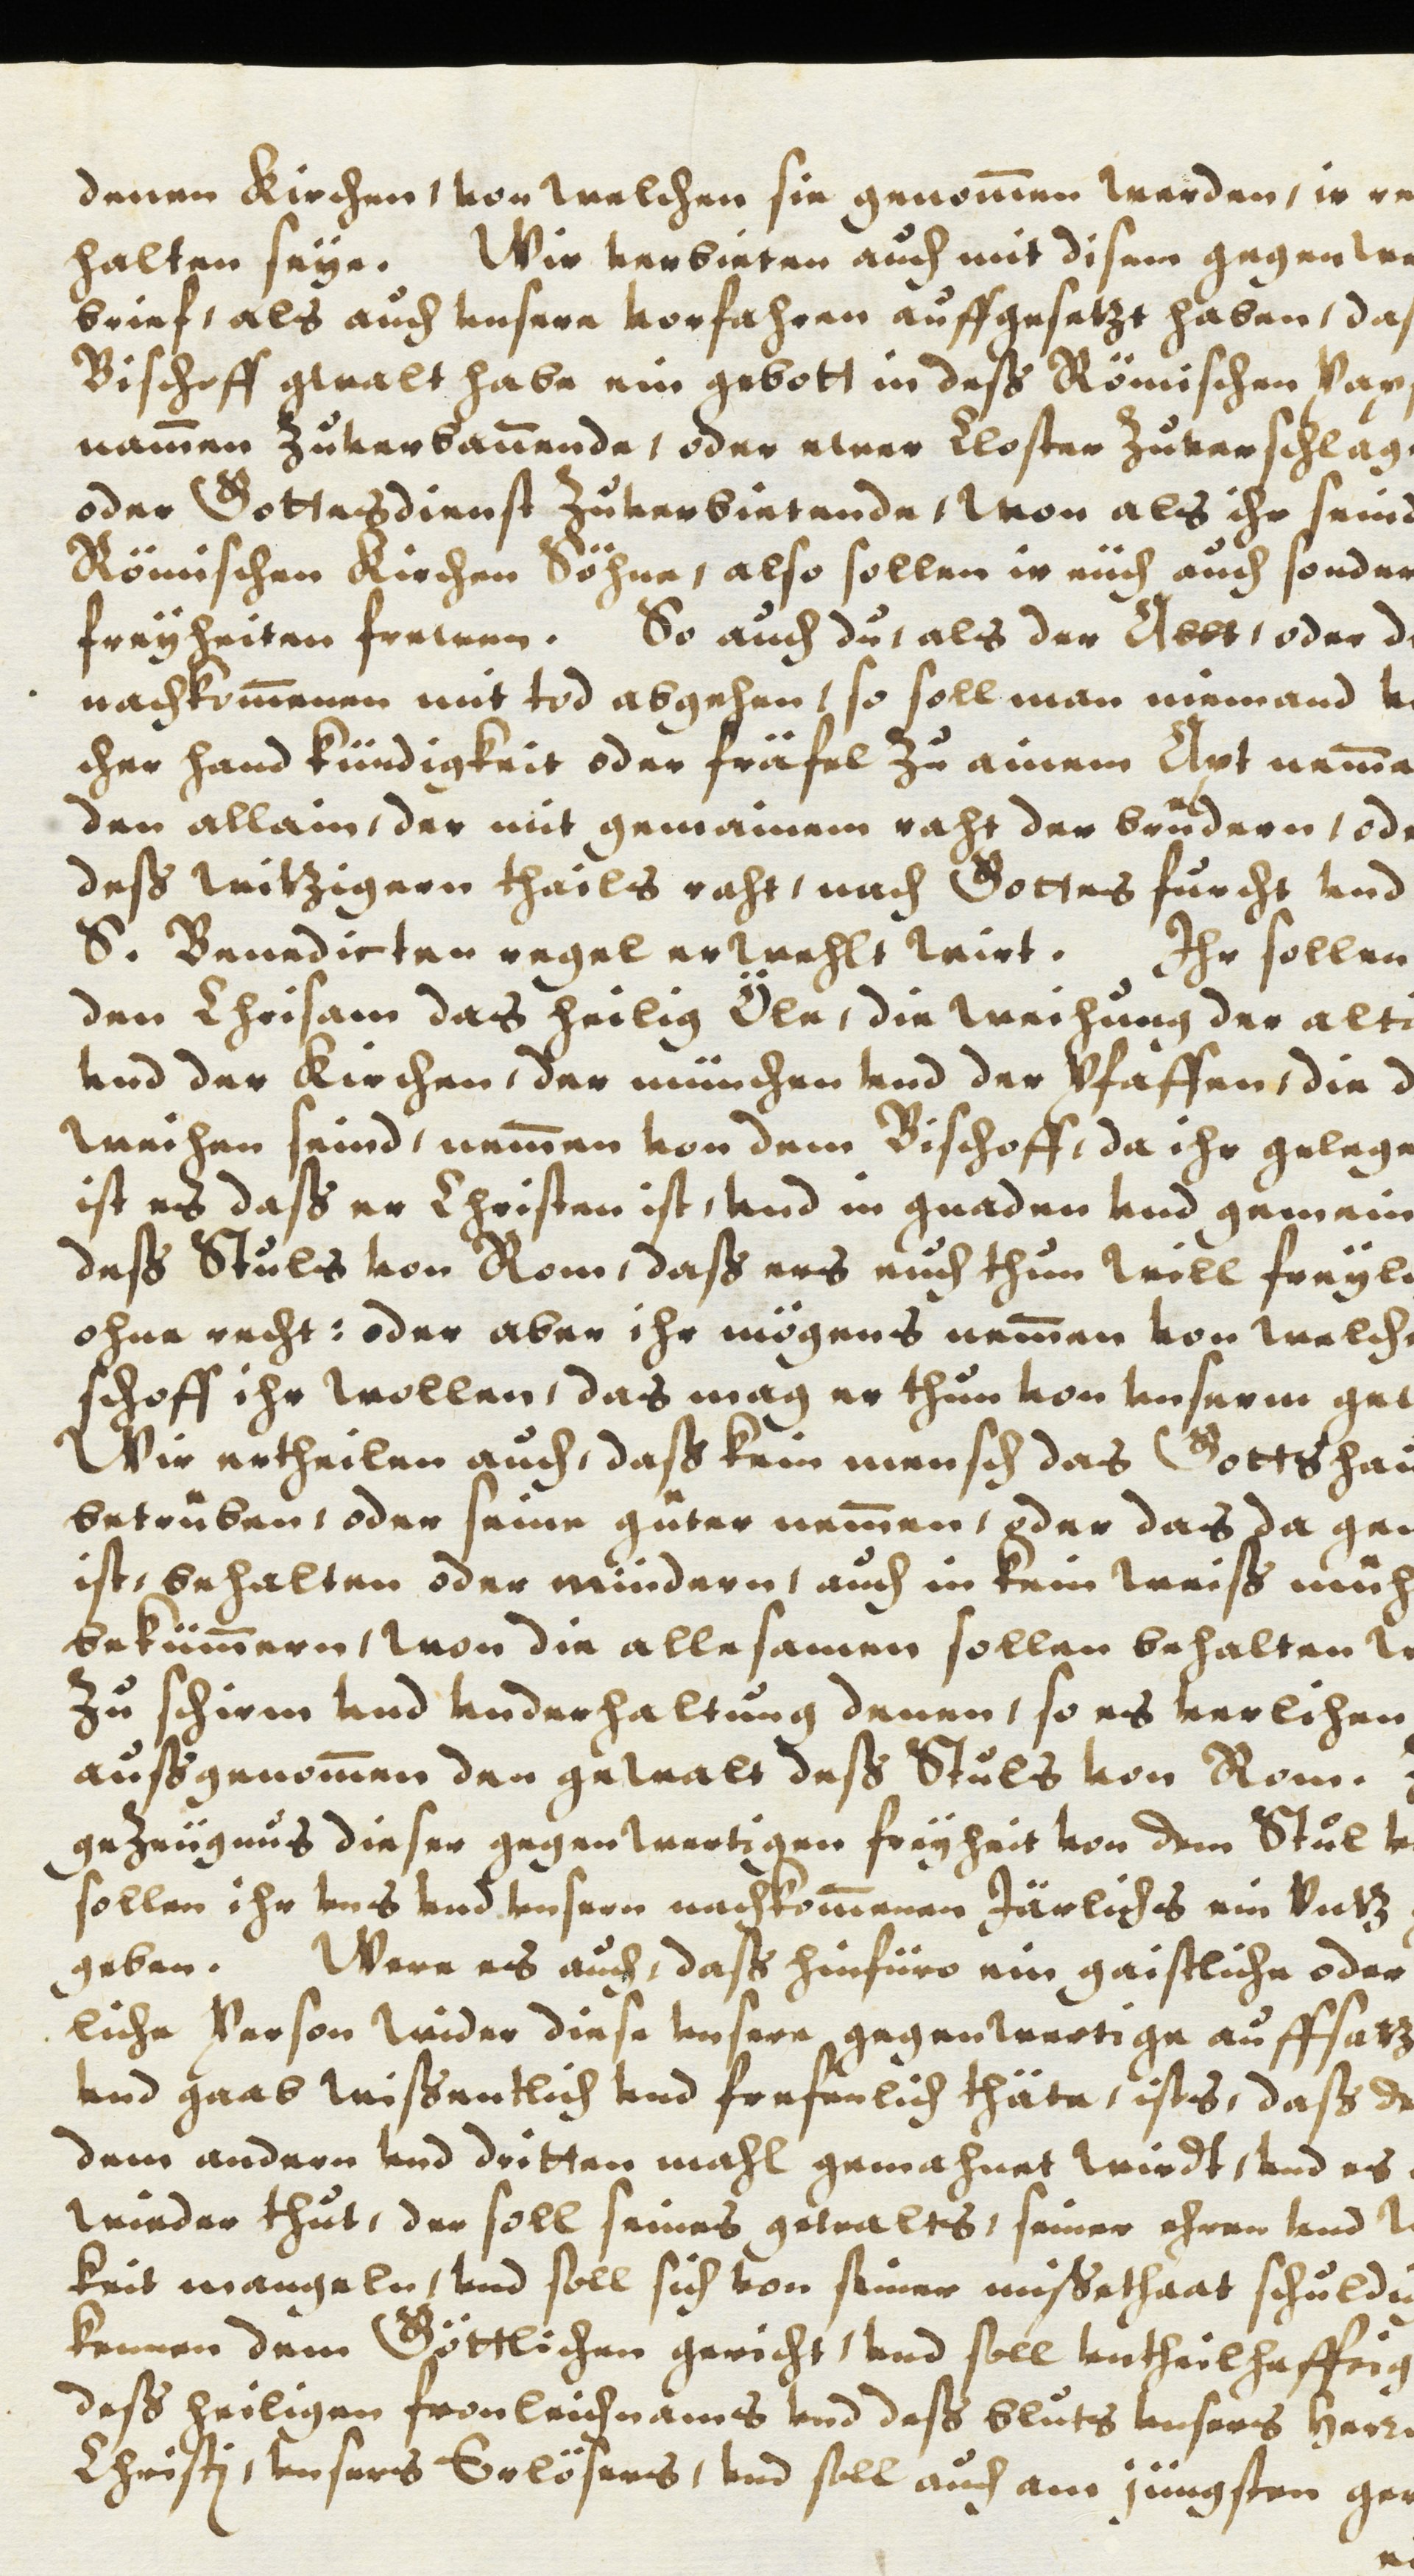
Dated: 1614–1638